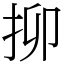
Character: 㧕